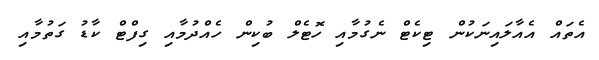
އެތައް އެއާލައިނަކުން ޓިކެޓް ނެގުމާއި ހޮޓެލް ބުކިން ހެއްދުމާއި ގިފްޓް ކާޑު ގަތުމާއި